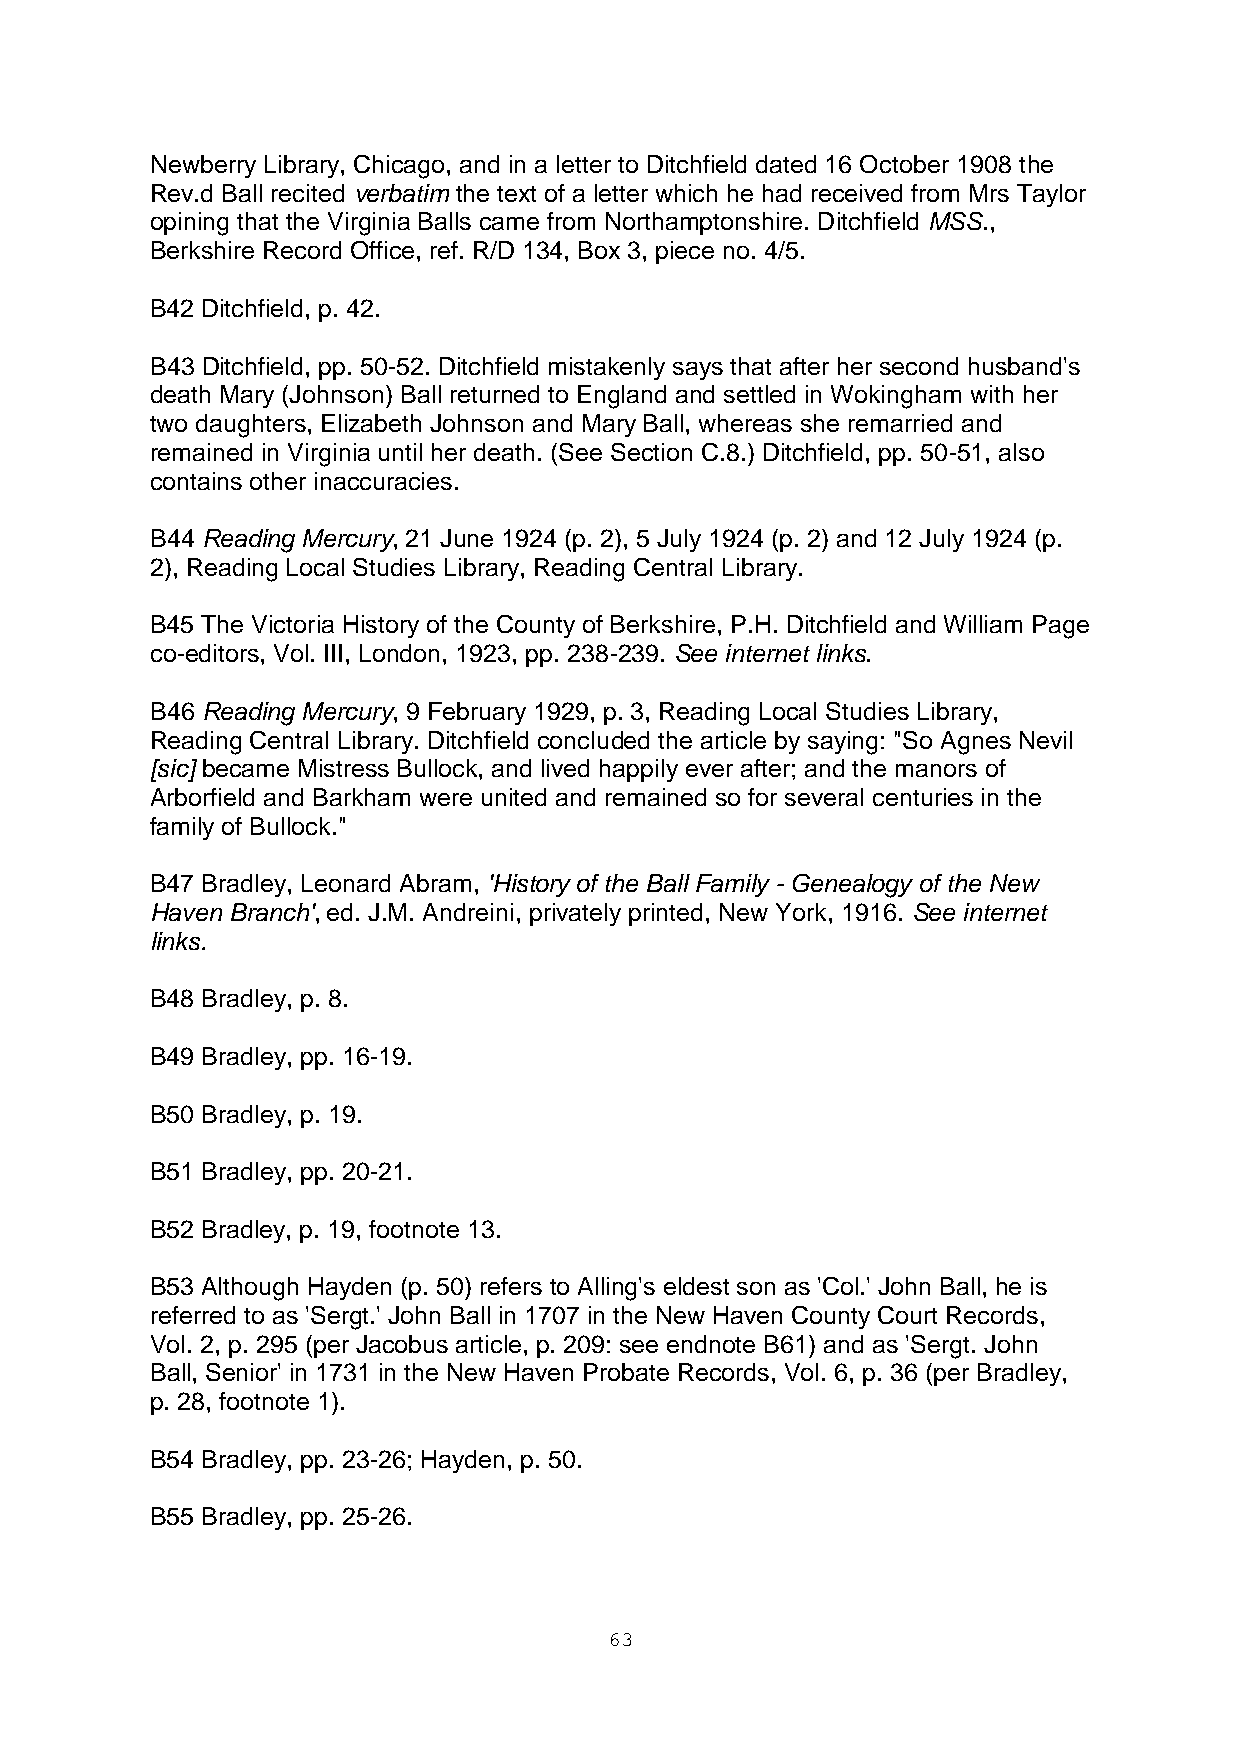
Newberry Library, Chicago, and in a letter to Ditchfield dated 16 October 1908 the
 Rev.d Ball recited verbatim the text of a letter which he had received from Mrs Taylor
 opining that the Virginia Balls came from Northamptonshire. Ditchfield MSS.,
 Berkshire Record Office, ref. R/D 134, Box 3, piece no. 4/5.
 B42 Ditchfield, p. 42.
 B43 Ditchfield, pp. 50-52. Ditchfield mistakenly says that after her second husband's
 death Mary (Johnson) Ball returned to England and settled in Wokingham with her
 two daughters, Elizabeth Johnson and Mary Ball, whereas she remarried and
 remained in Virginia until her death. (See Section C.8.) Ditchfield, pp. 50-51, also
 contains other inaccuracies.
 B44 Reading Mercury, 21 June 1924 (p. 2), 5 July 1924 (p. 2) and 12 July 1924 (p.
 2), Reading Local Studies Library, Reading Central Library.
 B45 The Victoria History of the County of Berkshire, P.H. Ditchfield and William Page
 co-editors, Vol. III, London, 1923, pp. 238-239. See internet links.
 B46 Reading Mercury, 9 February 1929, p. 3, Reading Local Studies Library,
 Reading Central Library. Ditchfield concluded the article by saying: "So Agnes Nevil
 [sic] became Mistress Bullock, and lived happily ever after; and the manors of
 Arborfield and Barkham were united and remained so for several centuries in the
 family of Bullock."
 B47 Bradley, Leonard Abram, 'History of the Ball Family - Genealogy of the New
 Haven Branch', ed. J.M. Andreini, privately printed, New York, 1916. See internet
 links.
 B48 Bradley, p. 8.
 B49 Bradley, pp. 16-19.
 B50 Bradley, p. 19.
 B51 Bradley, pp. 20-21.
 B52 Bradley, p. 19, footnote 13.
 B53 Although Hayden (p. 50) refers to Alling's eldest son as 'Col.' John Ball, he is
 referred to as 'Sergt.' John Ball in 1707 in the New Haven County Court Records,
 Vol. 2, p. 295 (per Jacobus article, p. 209: see endnote B61) and as 'Sergt. John
 Ball, Senior' in 1731 in the New Haven Probate Records, Vol. 6, p. 36 (per Bradley,
 p. 28, footnote 1).
 B54 Bradley, pp. 23-26; Hayden, p. 50.
 B55 Bradley, pp. 25-26.
 63